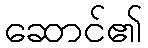
ဆောင်၏